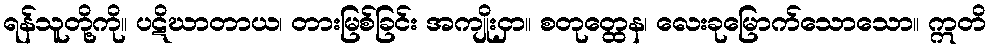
ရန်သူတို့ကို။ ပဋိဃာတာယ၊ တားမြစ်ခြင်း အကျိုးငှာ။ စတုတ္ထေန၊ လေးခုမြောက်သောသော။ ဣတိ